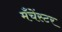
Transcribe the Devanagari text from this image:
मँचेंस्टर